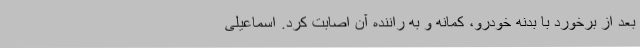
بعد از برخورد با بدنه خودرو، کمانه و به راننده آن اصابت کرد. اسماعیلی